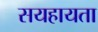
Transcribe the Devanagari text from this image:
सयहायता